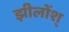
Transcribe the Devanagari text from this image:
झीलोंश्